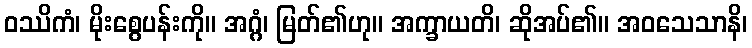
ဝဿိကံ၊ မိုးစွေပန်းကို။ အဂ္ဂံ၊ မြတ်၏ဟု။ အက္ခာယတိ၊ ဆိုအပ်၏။ အဝသေသာနိ၊